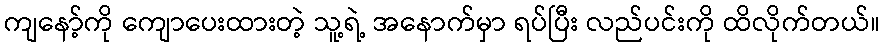
ကျနော့်ကို ကျောပေးထားတဲ့ သူ့ရဲ့ အနောက်မှာ ရပ်ပြီး လည်ပင်းကို ထိလိုက်တယ်။